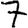
Digit: 7